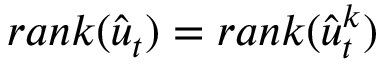
r a n k ( \hat { \boldsymbol { u } } _ { t } ) = r a n k ( \hat { \boldsymbol { u } } _ { t } ^ { k } )